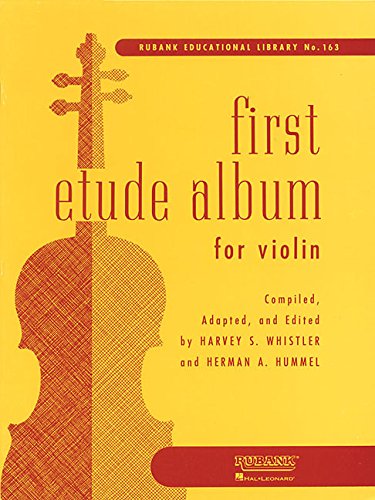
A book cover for First Etude Album for Violin (Rubank Educational Library); Humor & Entertainment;